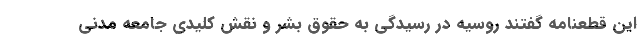
این قطعنامه گفتند روسیه در رسیدگی به حقوق بشر و نقش کلیدی جامعه مدنی